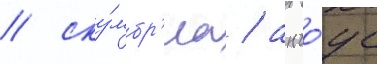
/ ску́мбр'иа / анчо́ус